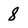
Character: 8